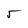
Character: s